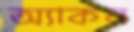
অ্যাকন